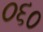
૦૬૦